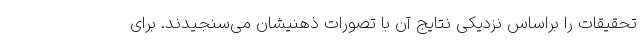
تحقیقات را براساس نزدیکی نتایج آن با تصورات ذهنیشان می‌سنجیدند. برای